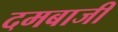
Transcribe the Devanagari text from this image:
दमबाजी